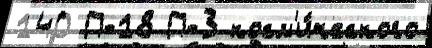
140 П-18 П-3 косм'и́ческого